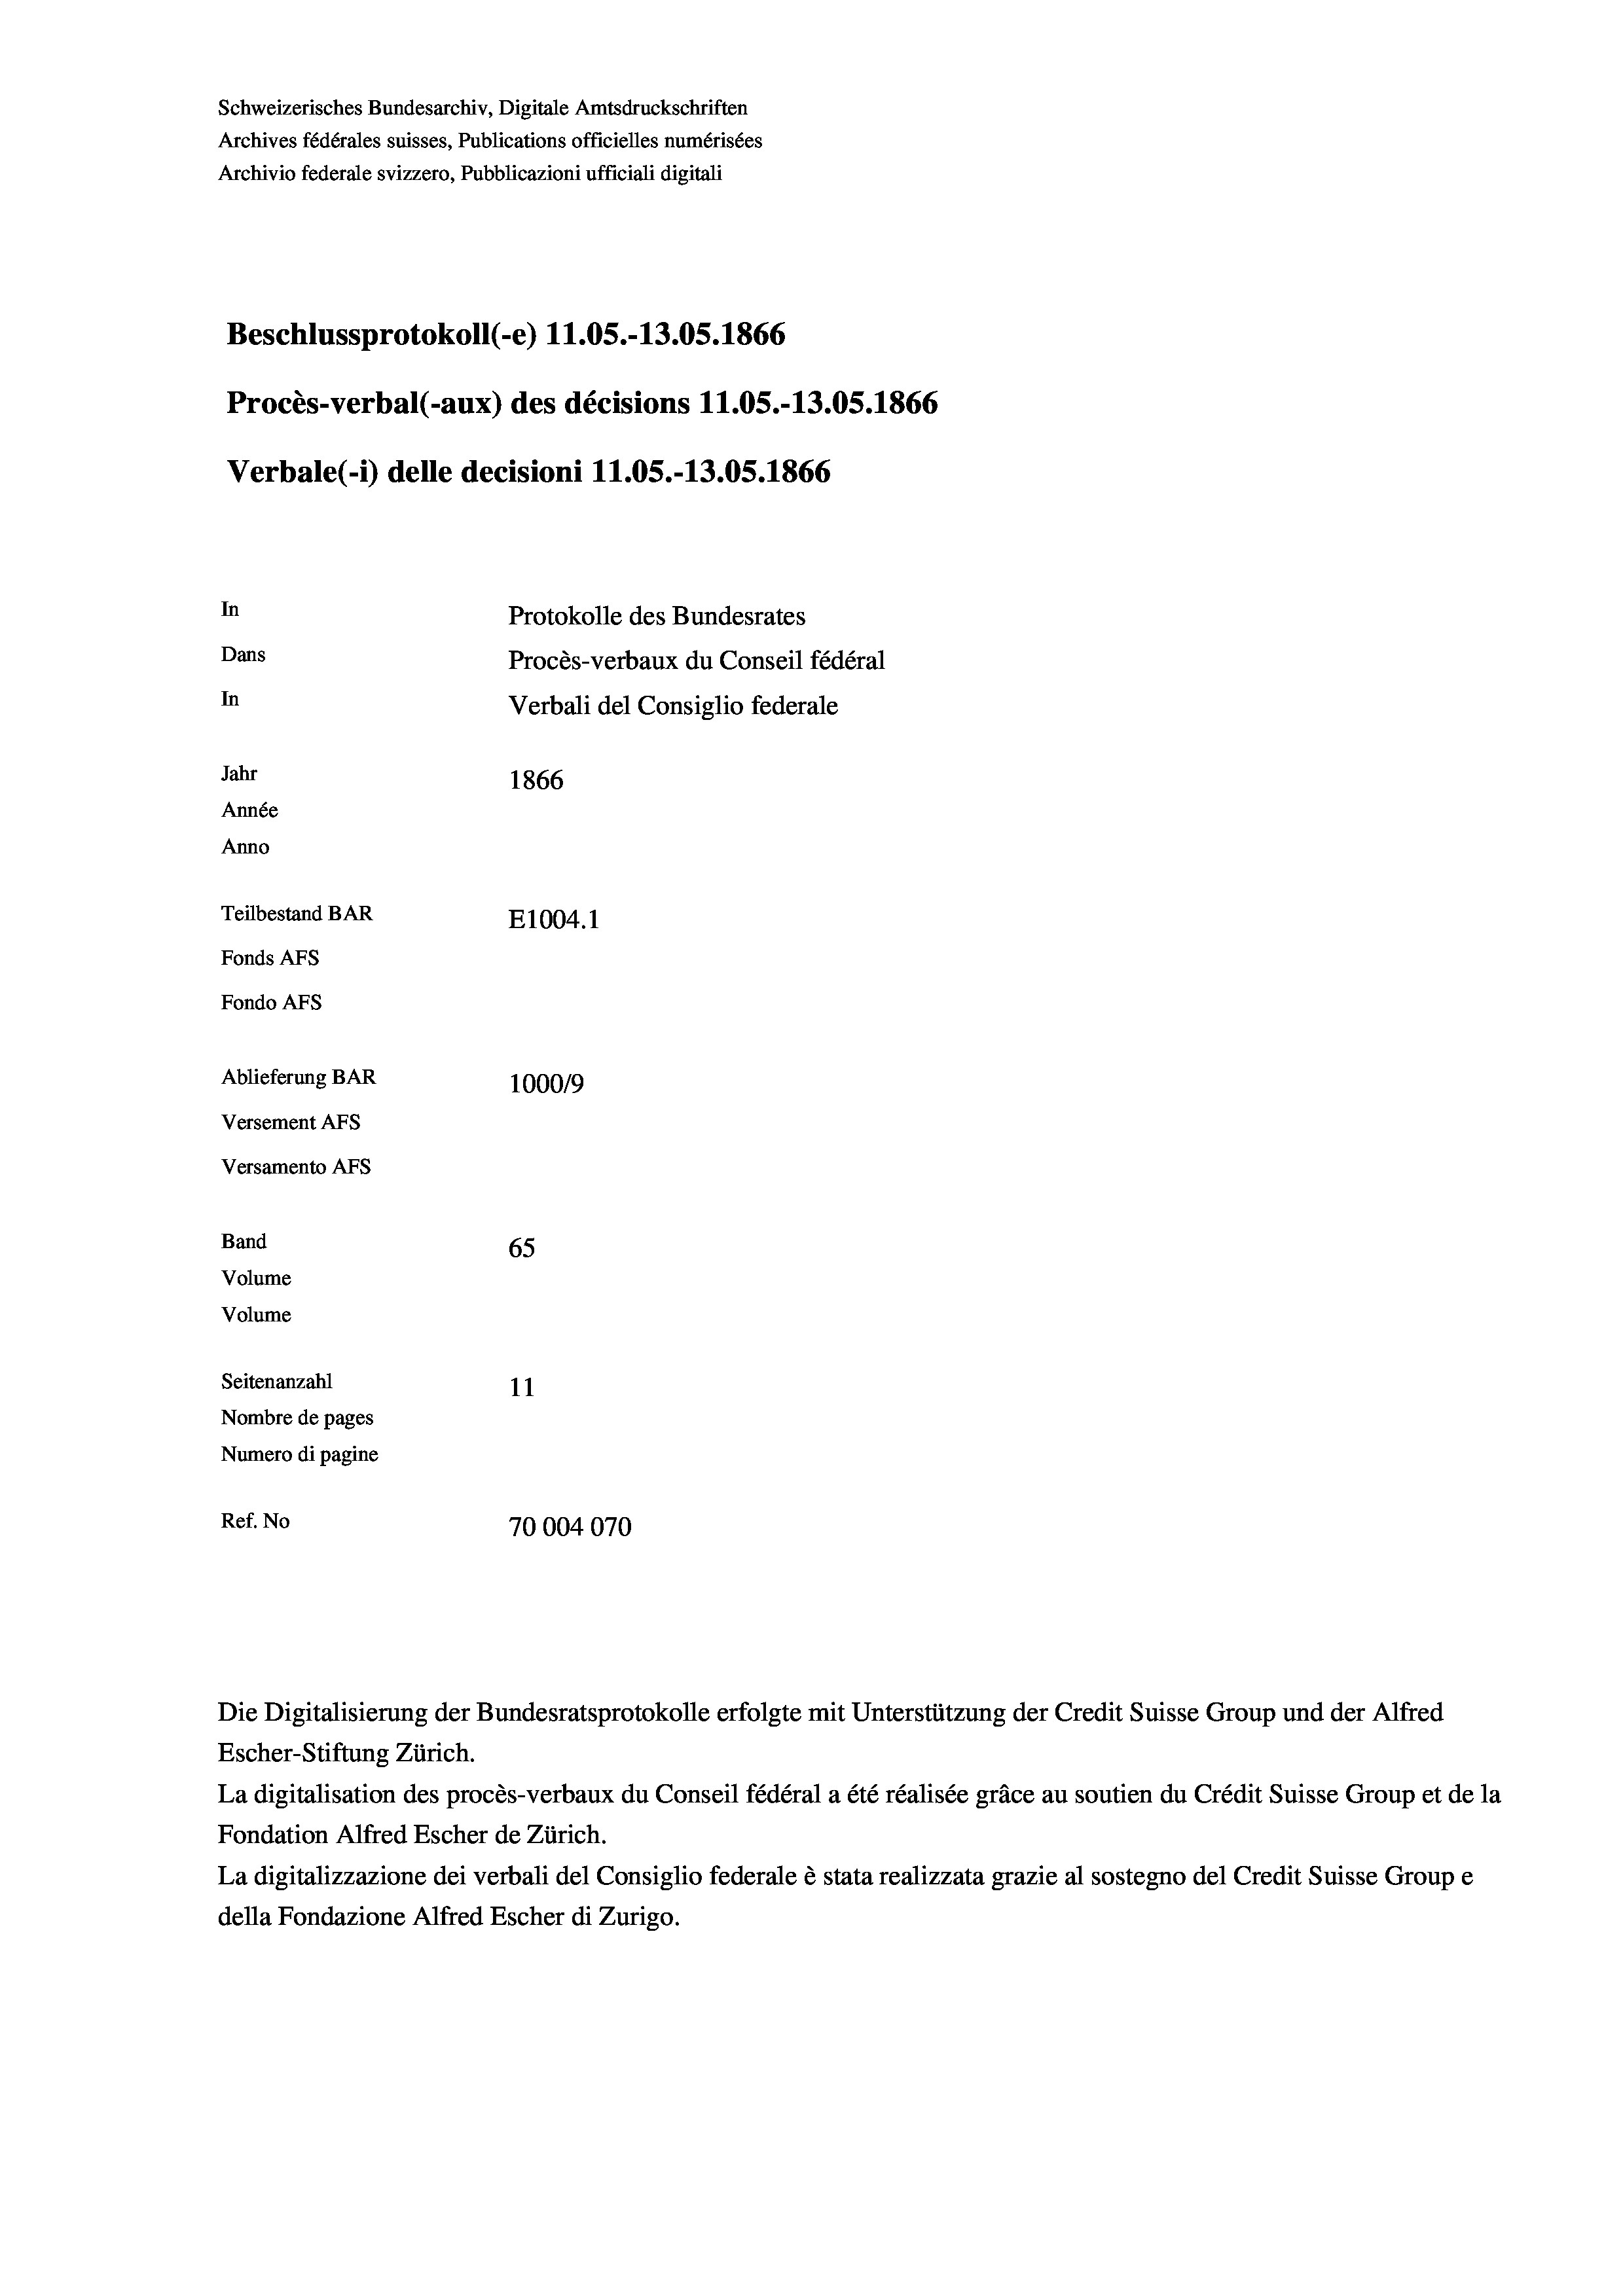
Schweizerisches Bundesarchiv, Digitale Amtsdruckschriften
Archives fédérales suisses, Publications officielles numérisées
Archivio federale svizzero, Pubblicazioni ufficiali digitali
Beschlussprotokoll (-e) 11.05.-13.05. 1866
Procès-verbal (-aux) des décisions 11.05.-13.05. 1866
Verbale(-*) delle decisioni 11.05.-13.05. 1866
In
Protokolle des Bundesrates
Dans
Procès-verbaux du Conseil fédéral
In
Verbali del Consiglio federale
Jahr
1866
Année
Anno
Teilbestand BAR
E1004.1
Fonds AFs
Fondo Afs
Ablieferung BAR
100019
Versement AFs
Versamento AFs
Band
65
Volume
Volume
Seitenanzahl
11
Nombre de pages
Numero di pagine
Ref. No
70004070

Escher-Stiftung Zürich.
La digitalisation des procès-verbaux du Conseil fédéral a été réalisée gräce au soutien du Crédit Suisse Group et de la
Fondation Alfred Escher de Zürich.
La digitalizzazione dei verbali del Consiglio federale è stata realizzata grazie al sostegno del Credit Suisse Groupe
della Fondazione Alfred Escher di Zurigo.

Die Digitalisierung der Bundesratsprotokolle erfolgte mit Unterstützung der Credit Suisse Group und der Alfred